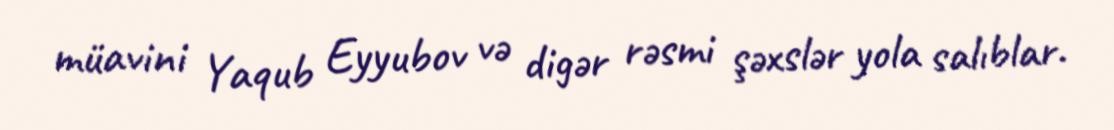
müavini Yaqub Eyyubov və digər rəsmi şəxslər yola salıblar.